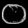
Digit: ၀